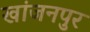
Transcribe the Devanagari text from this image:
खांजनपुर